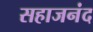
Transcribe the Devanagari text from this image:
सहाजनंद